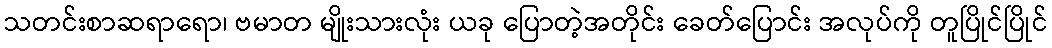
သတင်းစာဆရာရော၊ ဗမာတ မျိုးသားလုံး ယခု ပြောတဲ့အတိုင်း ခေတ်ပြောင်း အလုပ်ကို တူပြိုင်ပြိုင်